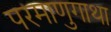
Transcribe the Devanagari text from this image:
परमाणुगाथा